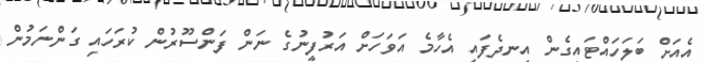
އެއަށް ބަލަހައްޓައިގެން އިނދެފައި އެހާމެ އަވަހަށް އަރުފީނުގެ ނަން ފަންސޫރުން ކުރަހައި ގަންނަމުން